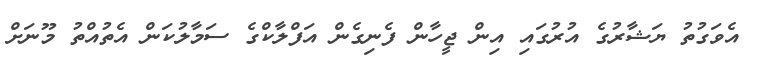
އެވަގުތު ޔަޝާރުގެ އުރުގައި އިން ޖީހާން ފެނިގެން އަފްލާކްގެ ސަމާލުކަން އެތުއްތު މޫނަށް